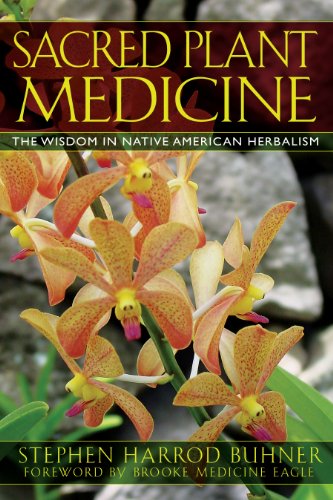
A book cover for Sacred Plant Medicine: The Wisdom in Native American Herbalism; Stephen Harrod Buhner; Science & Math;